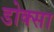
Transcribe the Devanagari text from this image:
डोक्सा